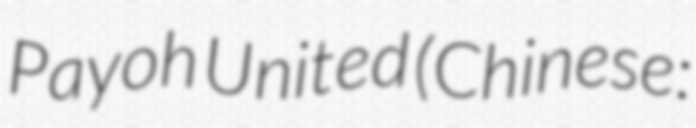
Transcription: Payoh United (Chinese: